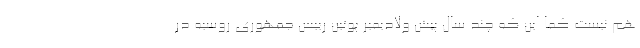
هم نیست کما این که چند سال پیش ولادیمیر پوتین رییس جمهوری روسیه در